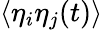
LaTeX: \langle\eta_{i}\eta_{j}(t)\rangle